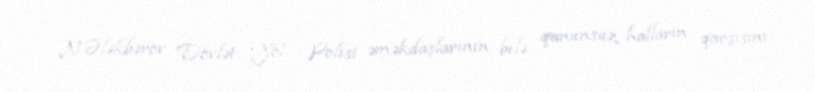
N.Ələkbərov Dövlət Yol Polisi əməkdaşlarının belə qanunsuz halların qarşısını